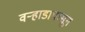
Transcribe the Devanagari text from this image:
वऱ्हाडापासून